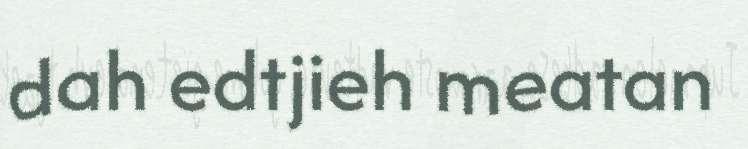
dah edtjieh meatan